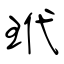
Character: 玳